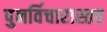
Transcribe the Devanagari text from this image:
पुनर्विचारास्तव